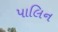
પાલિન